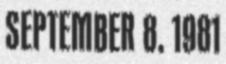
SEPTEMBER 8, 1981